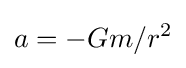
a=-Gm/r^{2}